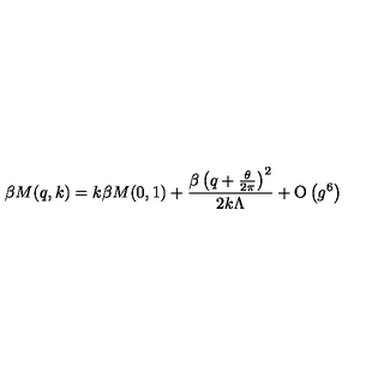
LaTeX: \beta M ( q , k ) = k \beta M ( 0 , 1 ) + \frac { \beta \left( q + \frac { \theta } { 2 \pi } \right) ^ { 2 } } { 2 k \Lambda } + \mathrm { O } \left( g ^ { 6 } \right)